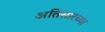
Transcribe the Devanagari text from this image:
अतिसारच्या